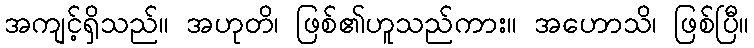
အကျင့်ရှိသည်။ အဟုတိ၊ ဖြစ်၏ဟူသည်ကား။ အဟောသိ၊ ဖြစ်ပြီ။